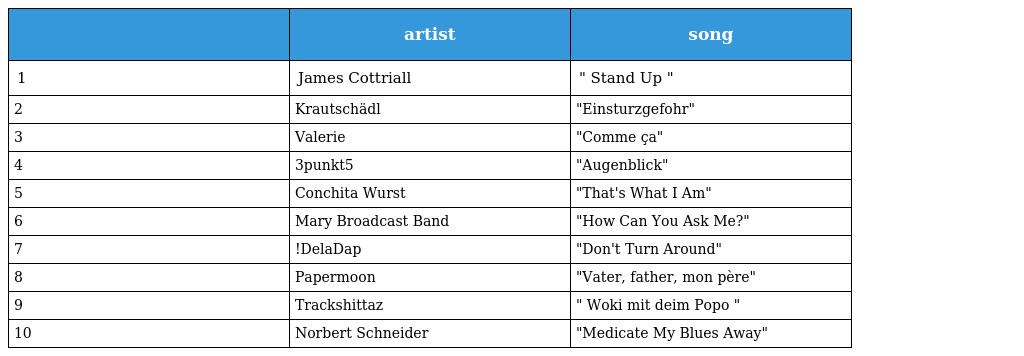
|  | artist | song |
 | --- | --- | --- |
 | 1 | James Cottriall | " Stand Up " |
 | 2 | Krautschädl | "Einsturzgefohr" |
 | 3 | Valerie | "Comme ça" |
 | 4 | 3punkt5 | "Augenblick" |
 | 5 | Conchita Wurst | "That's What I Am" |
 | 6 | Mary Broadcast Band | "How Can You Ask Me?" |
 | 7 | !DelaDap | "Don't Turn Around" |
 | 8 | Papermoon | "Vater, father, mon père" |
 | 9 | Trackshittaz | " Woki mit deim Popo " |
 | 10 | Norbert Schneider | "Medicate My Blues Away" |